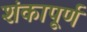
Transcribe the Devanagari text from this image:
शंकापूर्ण